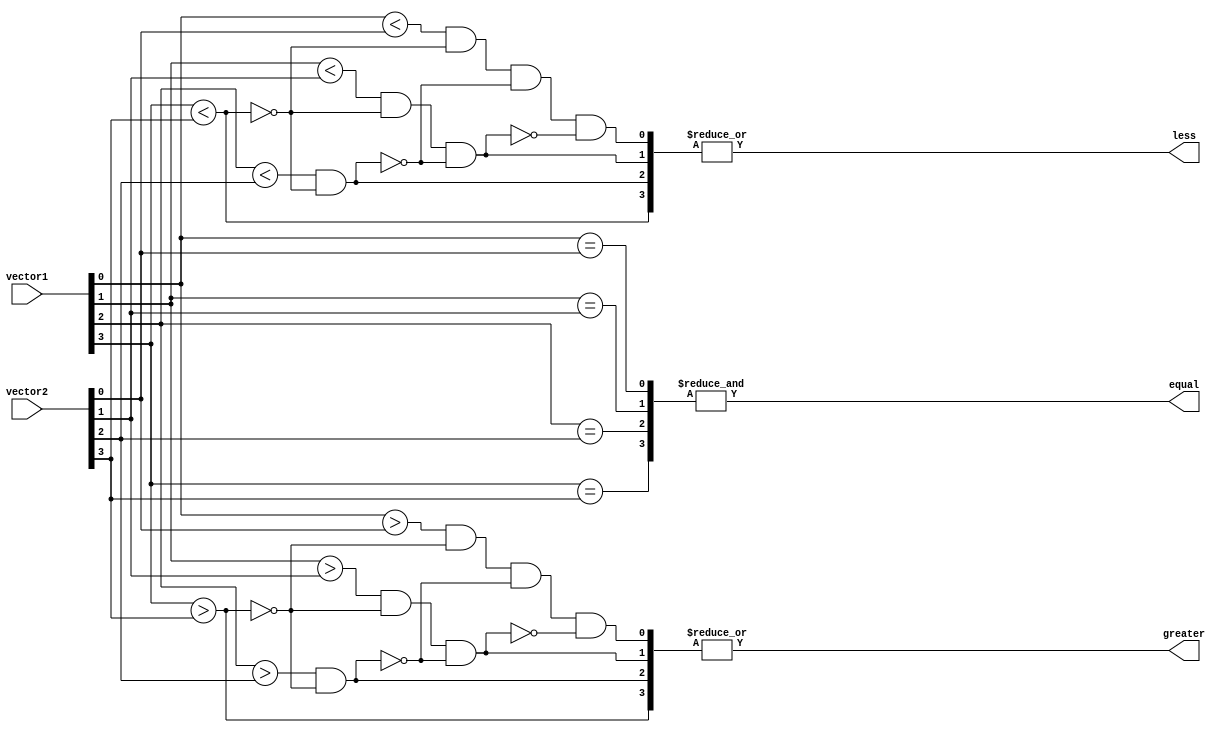
module comparator (
    input [3:0] vector1,
    input [3:0] vector2,
    output equal,
    output greater,
    output less
);

reg [3:0] equal_bits;
reg [3:0] greater_bits;
reg [3:0] less_bits;

assign equal = &equal_bits;
assign greater = |greater_bits;
assign less = |less_bits;

// Logic for comparing each bit of the input vectors
assign equal_bits[0] = (vector1[0] == vector2[0]);
assign equal_bits[1] = (vector1[1] == vector2[1]);
assign equal_bits[2] = (vector1[2] == vector2[2]);
assign equal_bits[3] = (vector1[3] == vector2[3]);

assign greater_bits[3] = (vector1[3] > vector2[3]);
assign greater_bits[2] = (vector1[2] > vector2[2] && !greater_bits[3]);
assign greater_bits[1] = (vector1[1] > vector2[1] && !greater_bits[3] && !greater_bits[2]);
assign greater_bits[0] = (vector1[0] > vector2[0] && !greater_bits[3] && !greater_bits[2] && !greater_bits[1]);

assign less_bits[3] = (vector1[3] < vector2[3]);
assign less_bits[2] = (vector1[2] < vector2[2] && !less_bits[3]);
assign less_bits[1] = (vector1[1] < vector2[1] && !less_bits[3] && !less_bits[2]);
assign less_bits[0] = (vector1[0] < vector2[0] && !less_bits[3] && !less_bits[2] && !less_bits[1]);

endmodule